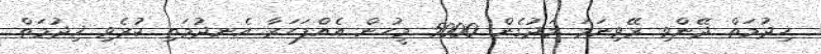
ޚިދުމަތް ދޭންވި ރޭވިނަމަ މަދުގެން 5000 މީހުން އެއްފަހަރާ އެނދުމަތި ކުރެވި ޚިދުމަތް